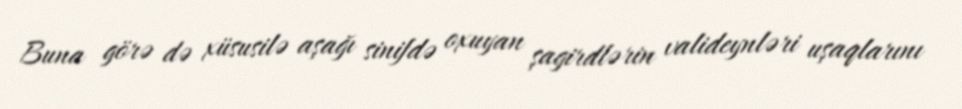
Buna görə də xüsusilə aşağı sinifdə oxuyan şagirdlərin valideynləri uşaqlarını